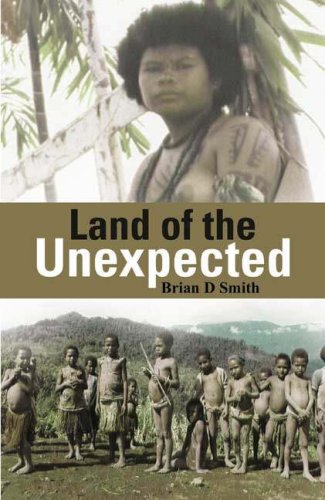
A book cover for Land of the Unexpected; Brian D. Smith; Travel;